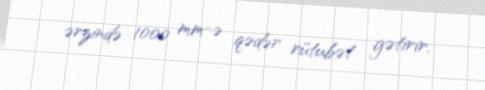
ərzində 1000 mm-ə qədər rütubət gətirir.